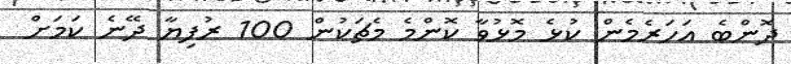
ދޮންބެ އަހަރެމެން ކުޅެ މޮޅުވާ ކޮންމެ މެޗަކުން 100 ރުފިޔާ ދޭނެ ކަމަށް